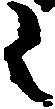
之